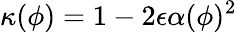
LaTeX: \kappa(\phi)=1-2\epsilon\alpha(\phi)^{2}